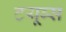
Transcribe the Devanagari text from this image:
टयूब्स